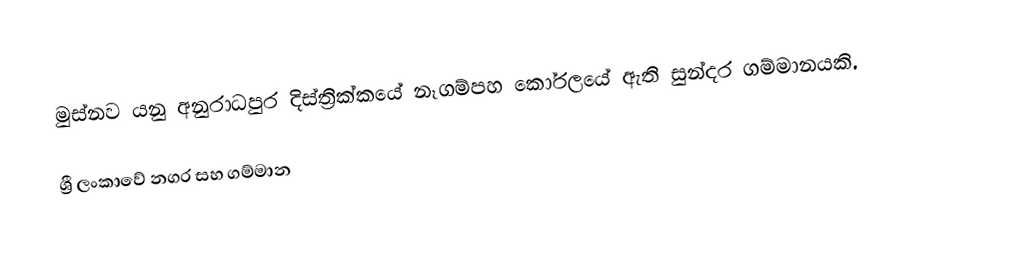
මුස්නව යනු අනුරාධපුර දිස්ත්‍රික්කයේ නෑගම්පහ කෝරලයේ ඇති සුන්දර ගම්මානයකි.

ශ්‍රී ලංකාවේ නගර සහ ගම්මාන